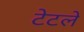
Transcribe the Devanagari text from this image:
टेटले